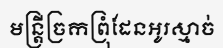
មន្ត្រីច្រកព្រុំដែនអូរស្មាច់